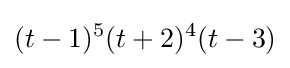
(t-1)^{5}(t+2)^{4}(t-3)